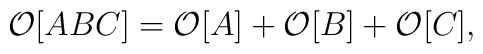
{\cal O}[ABC]={\cal O}[A]+{\cal O}[B]+{\cal O}[C],